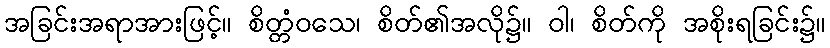
အခြင်းအရာအားဖြင့်။ စိတ္တံဝသေ၊ စိတ်၏အလို၌။ ဝါ၊ စိတ်ကို အစိုးရခြင်း၌။